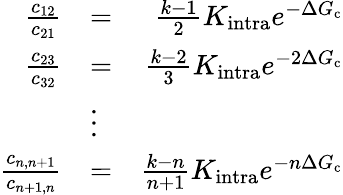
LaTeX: \begin{array}{rlr}{\frac{c_{12}}{c_{21}}}&{=}&{\frac{k-1}{2}K_{\mathrm{intra}}e^{-\Delta G_{\mathrm{c}}}}\\ {\frac{c_{23}}{c_{32}}}&{=}&{\frac{k-2}{3}K_{\mathrm{intra}}e^{-2\Delta G_{\mathrm{c}}}}\\ &{\vdots}&\\ {\frac{c_{n,n+1}}{c_{n+1,n}}}&{=}&{\frac{k-n}{n+1}K_{\mathrm{intra}}e^{-n\Delta G_{\mathrm{c}}}}\end{array}